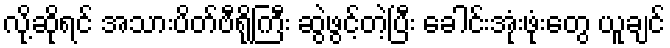
လို့ဆိုရင် အသားပိတ်ဗီရိုကြီး ဆွဲဖွင့်တဲ့ပြီး ခေါင်းအုံးဖုံးတွေ ယူချင်